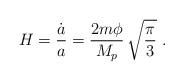
\begin{align*}H ={\dot a \over a} ={2m\phi\over M_p}\, \sqrt { \pi \over 3} \ .\end{align*}